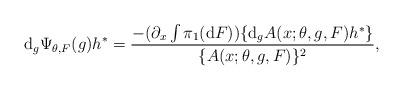
LaTeX: \begin{align*} \mathrm{d}_g\Psi_{\theta,F}(g)h^* = \frac{- (\partial_x \int\pi_1(\mathrm{d}F) ) \{\mathrm{d}_gA(x;\theta,g,F)h^* \}}{\{A(x;\theta,g,F)\}^2},\end{align*}